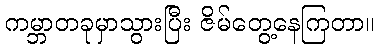
ကမ္ဘာတခုမှာသွားပြီး ဇိမ်တွေ့နေကြတာ။